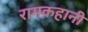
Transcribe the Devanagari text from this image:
रामकहानी